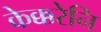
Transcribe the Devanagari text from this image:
केक्करेनि